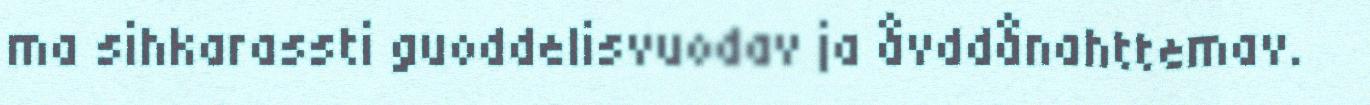
ma sihkarassti guoddelisvuodav ja åvddånahttemav.